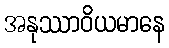
အနုဿာဝိယမာနေ